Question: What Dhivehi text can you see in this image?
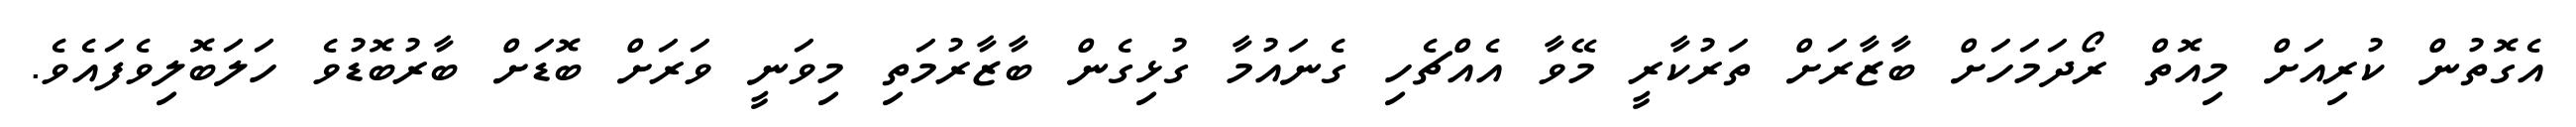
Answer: އެގޮތުން ކުރިއަށް މިއޮތް ރޯދަމަހަށް ބާޒާރަށް ތަރުކާރީ މޭވާ އެއްޗެހި ގެނައުމާ ގުޅިގެން ބާޒާރުމަތި މިވަނީ ވަރަށް ބޮޑަށް ބާރުބޮޑުވެ ހަލަބޮލިވެފައެވެ.